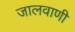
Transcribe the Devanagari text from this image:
जालवाणी